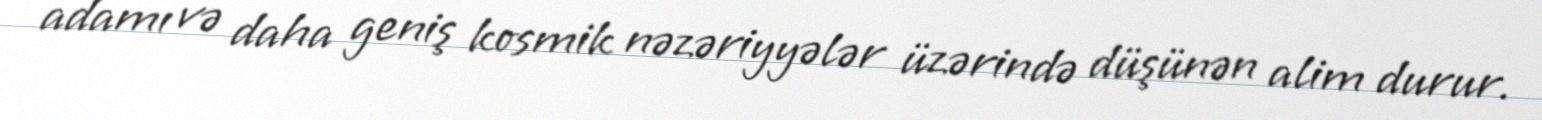
adamı və daha geniş kosmik nəzəriyyələr üzərində düşünən alim durur.